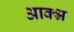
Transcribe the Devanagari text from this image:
आक्श्न